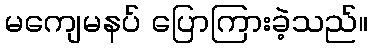
မကျေမနပ် ပြောကြားခဲ့သည်။